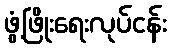
ဖွံ့ဖြိုးရေးလုပ်ငန်း